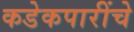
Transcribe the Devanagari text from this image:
कडेकपारींचे